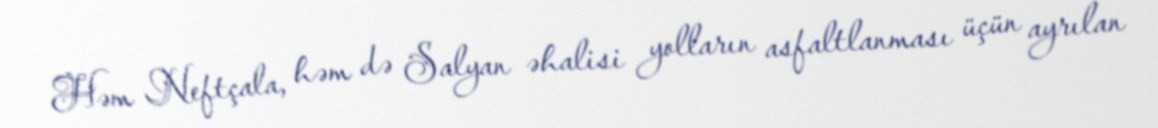
Həm Neftçala, həm də Salyan əhalisi yolların asfaltlanması üçün ayrılan